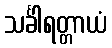
သင်္ခါရတ္တာယံ